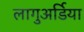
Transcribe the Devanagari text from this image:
लागुअर्डिया